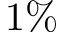
1 \%